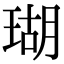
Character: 瑚